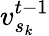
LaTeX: v_{s_{k}}^{t-1}